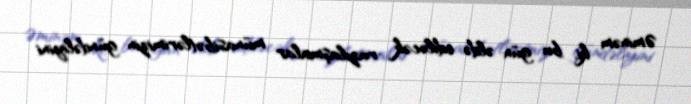
Əminəm ki, bu gün əldə ediləcək razılaşmalar münasibətlərimizin gündəliyini